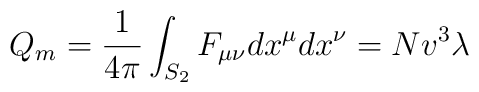
Q_m = {1 \over 4\pi} \int_{S_2}  F_{\mu\nu} dx^{\mu}dx^{\nu} = Nv^3\lambda